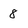
Character: 8